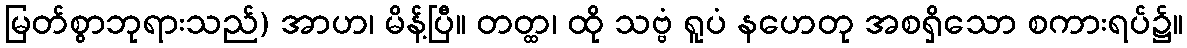
မြတ်စွာဘုရားသည်) အာဟ၊ မိန့်ပြီ။ တတ္ထ၊ ထို သဗ္ဗံ ရူပံ နဟေတု အစရှိသော စကားရပ်၌။